Philaematomyia insignis, Austen - Number 54
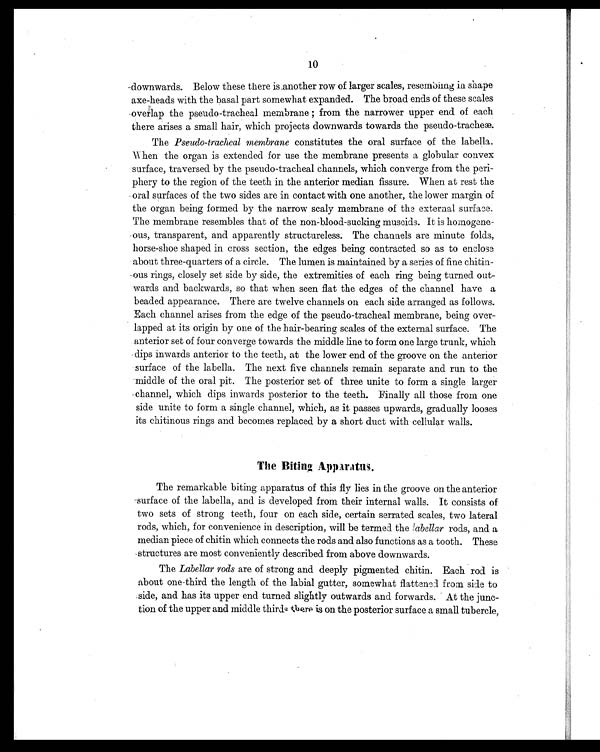
10
downwards. Below these there is ,another row of larger scales, resembling in shape
axe-heads with the basal part somewhat expanded. The broad ends of these scales
overlap the pseudo-tracheal membrane; from the narrower upper end of each
there arises a small hair, which projects downwards towards the pseudo-tracheae.
The Pseudo-tracheal membrane constitutes the oral surface of the labella.
hen the organ is extended for use the membrane presents a globular convex
surface, traversed by the pseudo-tracheal channels, which converge from the peri
-phery to the region of the teeth in the anterior median fissure. When at rest the
oral surfaces of the two sides are in contact with one another, the lower margin of
the organ being formed by the narrow scaly membrane of the external surface.
The membrane resembles that of the non-blood-sucking muscids. It is homogene
-ous, transparent, and apparently structureless. The channels are minute folds,
horse-shoe shaped in cross section, the edges being contracted so as to enclose
about three-quarters of a circle. The lumen is maintained by a series of fine chitin
- ous rings, closely set side by side, the extremities of each ring being turned out
-wards and backwards, so that when seen flat the edges of the channel have a
beaded appearance. There are twelve channels on each side arranged as follows.
Each channel arises from the edge of the pseudo-tracheal membrane, being over
-lapped at its origin by one of the hair-bearing scales of the external surface. The
anterior set of four converge towards the middle line to form one large trunk, which
dips inwards anterior to the teeth, at the lower end of the groove on the anterior
surface of the labella. The next five channels remain separate and run to the
middle of the oral pit. The posterior set of three unite to form a single larger
channel, which dips inwards posterior to the teeth. Finally all those from one
side unite to form a single channel, which, as it passes upwards, gradually looses
its chitinous rings and becomes replaced by a short duct with cellular walls.
The Biting Apparatns.
The remarkable biting apparatus of this fly lies in the groove on the anterior
surface of the labella, and is developed from their internal walls. It consists of
two sets of strong teeth, four on each side, certain serrated scales, two lateral
rods, which, for convenience in description, will be termed the labellar rods, and a
median piece of chitin which connects the rods and also functions as a tooth. These
structures are most conveniently described from above downwards.
The Labellar rods are of strong and deeply pigmented chitin. Each rod is
about one-third the length of the labial gutter, somewhat flattenel from side to
side, and has its upper end turned slightly outwards and forwards. At the junc
- t i o n o f t h e u p p e r
a n d m i d d l e t h i r d .
k b e r P i s o n t h e p o s t e r i o r s u r f a c e a s m a l l t u b e r c l e ,